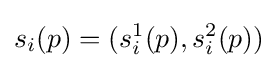
s_{i}(p)=(s_{i}^{1}(p),s_{i}^{2}(p))